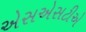
એસએસટીએ